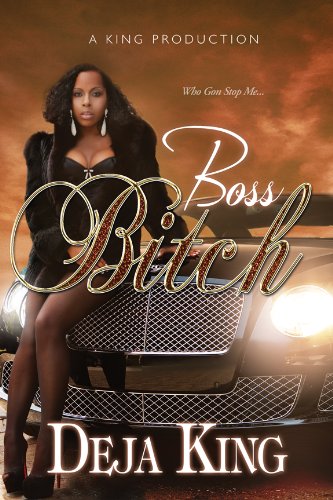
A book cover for Boss Bitch (Bitch Series); Joy Deja King; Literature & Fiction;